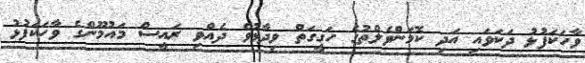
ވާހަކަފުޅު ދަކަވައި އަދި ކޮމަންވެލްތުގެ ހަގީގަތް ވިދާޅުވެ ދެއްވި ރައީސް މައުމޫންގެ ވާހަކަފުޅު